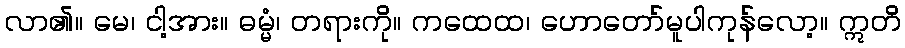
လာ၏။ မေ၊ ငါ့အား။ ဓမ္မံ၊ တရားကို။ ကထေထ၊ ဟောတော်မူပါကုန်လော့။ ဣတိ